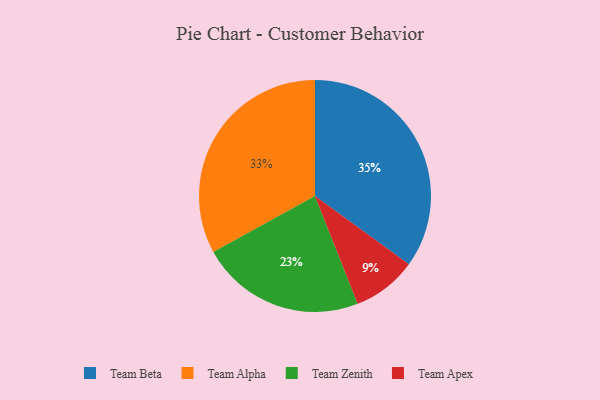
{"axis": {"x": "Category", "y": "Percentage"}, "legend": ["Team Alpha", "Team Apex", "Team Beta", "Team Zenith"], "data": [{"x": "Team Apex", "y": 9, "type": "Team Apex"}, {"x": "Team Alpha", "y": 33, "type": "Team Alpha"}, {"x": "Team Zenith", "y": 23, "type": "Team Zenith"}, {"x": "Team Beta", "y": 35, "type": "Team Beta"}]}